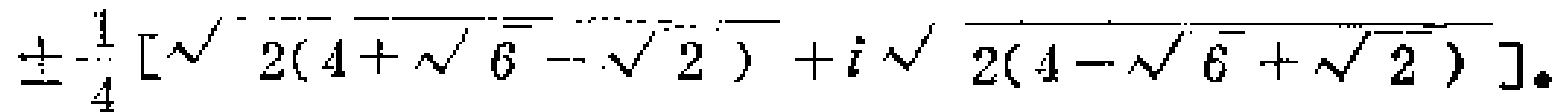
\(\pm\frac{1}{4}\left[\sqrt{2(4 + \sqrt{6} - \sqrt{2})}+i\sqrt{2(4 - \sqrt{6}+\sqrt{2})}\right]\)